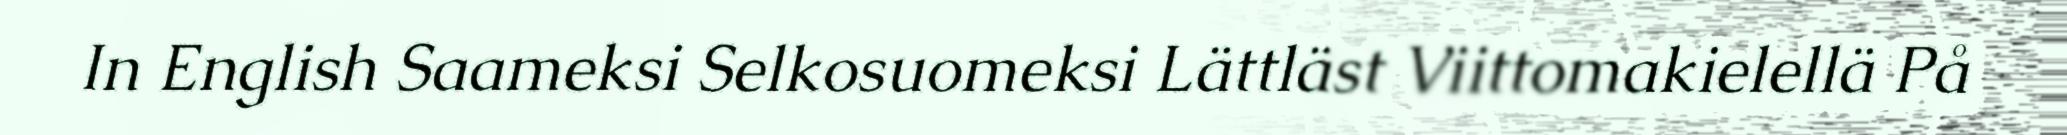
In English Saameksi Selkosuomeksi Lättläst Viittomakielellä På